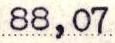
88,07